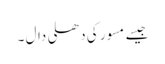
جیسے مسور کی دھلی دال ۔